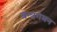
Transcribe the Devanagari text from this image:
यन्त्रगमन